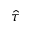
\hat { \tau }